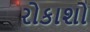
રોકાશો